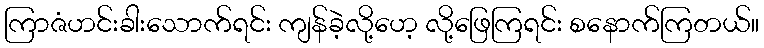
ကြာဇံဟင်းခါးသောက်ရင်း ကျန်ခဲ့လို့ဟေ့ လို့ဖြေကြရင်း စနောက်ကြတယ်။